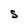
Character: S